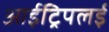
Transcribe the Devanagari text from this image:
आईट्रिपलई